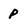
Character: p